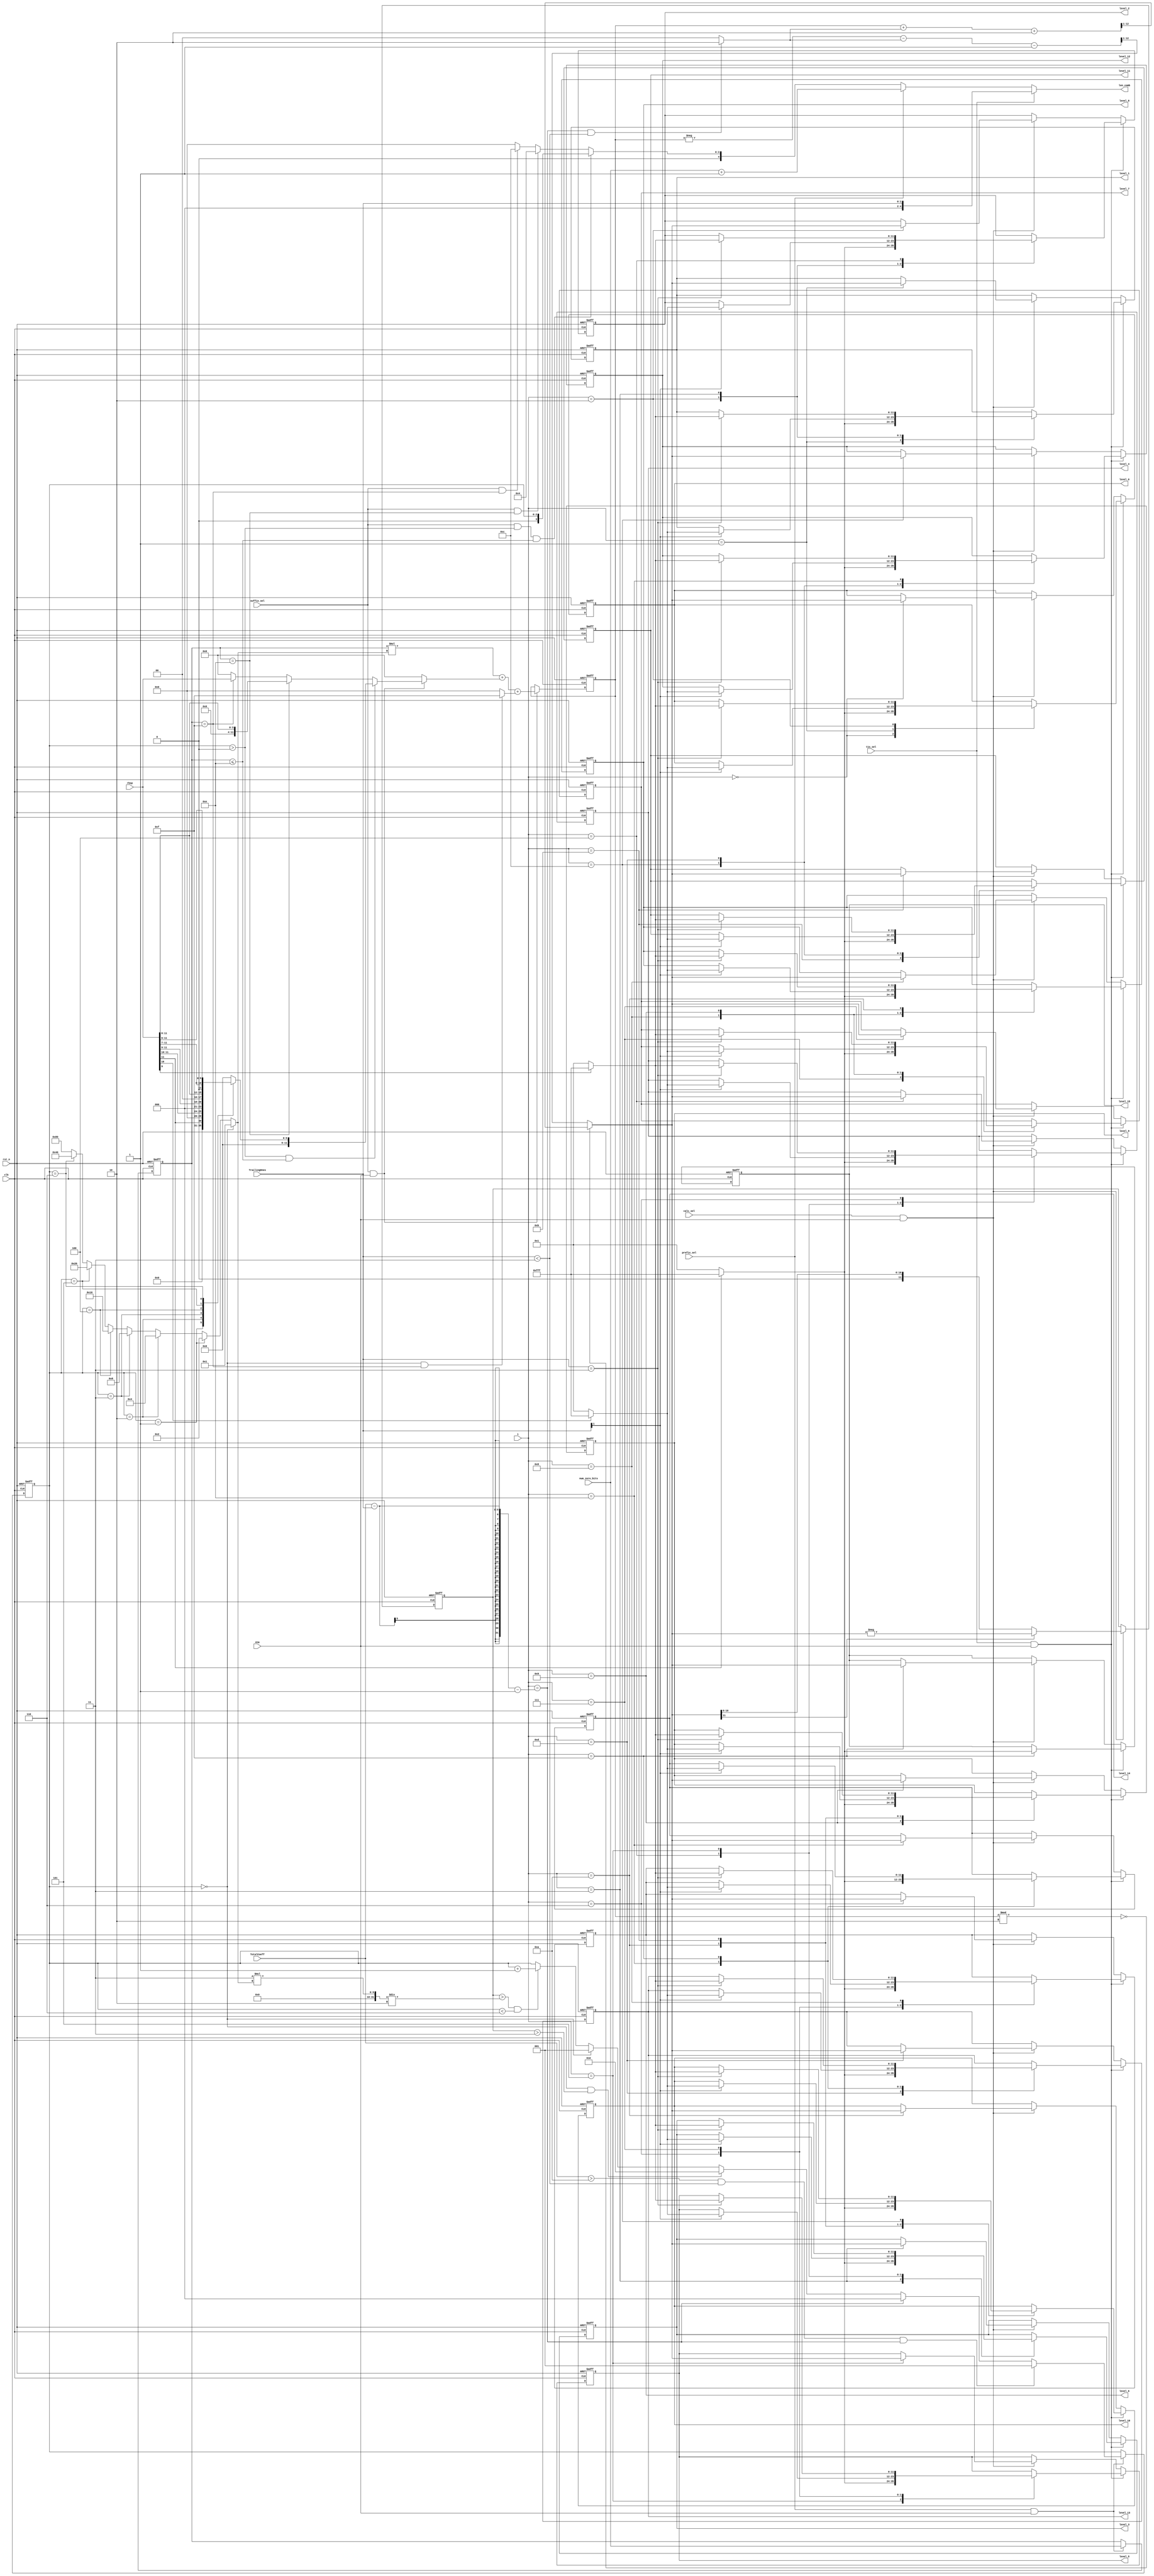
module cavlc_read_levels (
  	input   clk,
	input   rst_n,
	
	input   ena,
	input   t1s_sel,
	input   prefix_sel,
	input   suffix_sel,
	input	calc_sel,
	
	input   [1:0]   TrailingOnes,
	input   [4:0]   TotalCoeff,
	input   [0:11]  rbsp,
	input   [3:0]   num_zero_bits,
	input   [3:0]   i,
	
	output reg [11:0]   level_0,
	output reg [11:0]   level_1,
	output reg [11:0]   level_2,
	output reg [11:0]   level_3,
	output reg [11:0]   level_4,
	output reg [11:0]   level_5,
	output reg [11:0]   level_6,
	output reg [11:0]   level_7,
	output reg [11:0]   level_8,
	output reg [11:0]   level_9,
	output reg [11:0]   level_10,
	output reg [11:0]   level_11,
	output reg [11:0]   level_12,
	output reg [11:0]   level_13,
	output reg [11:0]   level_14,
	output reg [11:0]   level_15,
	
	output reg [4:0]   len_comb
);

//------------------------
//  regs
//------------------------
reg     [3:0]   level_prefix_comb;
reg     [11:0]  level_suffix;

//------------------------
// FFs
//------------------------
reg     [3:0]    level_prefix;
reg     [2:0]    suffixLength;   // range from 0 to 6
reg     [11:0]   level;
reg     [11:0]   level_abs;
reg     [11:0]   level_code_tmp;

//------------------------
// level_prefix_comb
//------------------------
always @(*)
	level_prefix_comb <= num_zero_bits;

//------------------------
// level_prefix
//------------------------
always @(posedge clk or negedge rst_n)
if (!rst_n)
    level_prefix <= 0;
else if (prefix_sel && ena)
    level_prefix <= level_prefix_comb;

//------------------------
// suffixLength
//------------------------
wire first_level;
assign first_level = (i == TotalCoeff - TrailingOnes - 1);
reg [7:0] mult;

always @(*)
if (suffixLength == 0)
	mult = 1;
else if (suffixLength == 1)
	mult = 2;
else if (suffixLength == 2)
	mult = 4;
else if (suffixLength == 3)
	mult = 8;
else if (suffixLength == 4)
	mult = 16;
else if (suffixLength == 5)
	mult = 32;
else if (suffixLength == 6)
	mult = 64;
else //suffixLength == 7
	mult = 128;



always @(posedge clk or negedge rst_n)
if (!rst_n)
    suffixLength <= 0;
else if (prefix_sel && ena) begin
    if (TotalCoeff > 10 && TrailingOnes < 3 && first_level )  //initialize suffixLength before proceeding first level_suffix
        suffixLength <= 1;
    else if (first_level)
        suffixLength <= 0;
    else if (suffixLength == 0 && level_abs > 2'd3)
        suffixLength <= 2;
    else if (suffixLength == 0)
        suffixLength <= 1;
    else if (  level_abs > 3*mult/2 && suffixLength < 6)
        suffixLength <= suffixLength + 1'b1;
end


//------------------------
// level_suffix
//------------------------
wire level_suffix_refresh;
assign level_suffix_refresh = suffix_sel && ena;
reg[5:0] read_bits_out;
always @(*)
case ( suffixLength )
1 : read_bits_out <= rbsp[0:0];
2 : read_bits_out <= rbsp[0:1];
3 : read_bits_out <= rbsp[0:2];
4 : read_bits_out <= rbsp[0:3];
5 : read_bits_out <= rbsp[0:4];
6 : read_bits_out <= rbsp[0:5];
default: read_bits_out <= 0;
endcase


always @(*)
if (level_suffix_refresh) begin
	if (suffixLength > 0 && level_prefix <= 14) begin
		level_suffix <= read_bits_out;
	end
	else if (level_prefix == 14) begin	//level_prefix == 14 && suffixLength == 0
		level_suffix <= rbsp[0:3];
	end
	else if (level_prefix == 15) begin
		level_suffix <= rbsp[0:11];	    
	end
	else begin
		level_suffix <= 0;	    
	end		
end     
else begin
	level_suffix <= 0;	    
end

//------------------------
// level_code_tmp
//------------------------
always @(posedge clk or negedge rst_n)
if (~rst_n) begin
	level_code_tmp <=  0;
end
else if (level_suffix_refresh) begin
    level_code_tmp <= (level_prefix * mult) + level_suffix + 
    ((suffixLength == 0 && level_prefix == 15) ? 4'd15 : 0);
end


//------------------------
// level
//------------------------
wire    [1:0]   tmp1;

assign tmp1 = (first_level && TrailingOnes < 3)? 2'd2 : 2'd0;

always @(*)
begin
    if (level_code_tmp % 2 == 0) begin
        level <= ( level_code_tmp + tmp1 + 2 ) >> 1;
    end
    else begin
        level <= (-level_code_tmp - tmp1 - 1 ) >> 1;
    end
end

//------------------------
// level_abs
//------------------------
wire level_abs_refresh;
assign level_abs_refresh = calc_sel && ena;

always @(posedge clk or negedge rst_n)
if (!rst_n) begin
    level_abs <= 0;
end
else if (level_abs_refresh) begin
    level_abs <= level[11] ? -level : level;
end

//------------------------
// level regfile
//------------------------
always @ (posedge clk or negedge rst_n)
if (!rst_n) begin
    level_0 <= 0;   level_1 <= 0;   level_2 <= 0;   level_3 <= 0;
    level_4 <= 0;   level_5 <= 0;   level_6 <= 0;   level_7 <= 0;
    level_8 <= 0;   level_9 <= 0;   level_10<= 0;   level_11<= 0;
    level_12<= 0;   level_13<= 0;   level_14<= 0;   level_15<= 0;
end
else if (t1s_sel && ena)
    case (i)
    0 : level_0 <= rbsp[0]? -1 : 1;
    1 : begin
            level_1 <= rbsp[0]? -1 : 1;
            if (TrailingOnes[1])
                level_0 <= rbsp[1]? -1 : 1;
        end
    2 : begin
            level_2 <= rbsp[0]? -1 : 1;
            if (TrailingOnes[1])
                level_1 <= rbsp[1]? -1 : 1;
            if (TrailingOnes == 3)
                level_0 <= rbsp[2]? -1 : 1;
        end         
    3 : begin
            level_3 <= rbsp[0]? -1 : 1;
            if (TrailingOnes[1])
                level_2 <= rbsp[1]? -1 : 1;
            if (TrailingOnes == 3)
                level_1 <= rbsp[2]? -1 : 1;
        end 
    4 : begin
            level_4 <= rbsp[0]? -1 : 1;
            if (TrailingOnes[1])
                level_3 <= rbsp[1]? -1 : 1;
            if (TrailingOnes == 3)
                level_2 <= rbsp[2]? -1 : 1;
        end 
    5 : begin
            level_5 <= rbsp[0]? -1 : 1;
            if (TrailingOnes[1])
                level_4 <= rbsp[1]? -1 : 1;
            if (TrailingOnes == 3)
                level_3 <= rbsp[2]? -1 : 1;
        end 
    6 : begin
            level_6 <= rbsp[0]? -1 : 1;
            if (TrailingOnes[1])
                level_5 <= rbsp[1]? -1 : 1;
            if (TrailingOnes == 3)
                level_4 <= rbsp[2]? -1 : 1;
        end 
    7 : begin
            level_7 <= rbsp[0]? -1 : 1;
            if (TrailingOnes[1])
                level_6 <= rbsp[1]? -1 : 1;
            if (TrailingOnes == 3)
                level_5 <= rbsp[2]? -1 : 1;
        end 
    8 : begin
            level_8 <= rbsp[0]? -1 : 1;
            if (TrailingOnes[1])
                level_7 <= rbsp[1]? -1 : 1;
            if (TrailingOnes == 3)
                level_6 <= rbsp[2]? -1 : 1;
        end 
    9 : begin
            level_9 <= rbsp[0]? -1 : 1;
            if (TrailingOnes[1])
                level_8 <= rbsp[1]? -1 : 1;
            if (TrailingOnes == 3)
                level_7 <= rbsp[2]? -1 : 1;
        end 
    10: begin
            level_10 <= rbsp[0]? -1 : 1;
            if (TrailingOnes[1])
                level_9 <= rbsp[1]? -1 : 1;
            if (TrailingOnes == 3)
                level_8 <= rbsp[2]? -1 : 1;
        end 
    11: begin
            level_11 <= rbsp[0]? -1 : 1;
            if (TrailingOnes[1])
                level_10 <= rbsp[1]? -1 : 1;
            if (TrailingOnes == 3)
                level_9 <= rbsp[2]? -1 : 1;
        end 
    12: begin
            level_12 <= rbsp[0]? -1 : 1;
            if (TrailingOnes[1])
                level_11 <= rbsp[1]? -1 : 1;
            if (TrailingOnes == 3)
                level_10 <= rbsp[2]? -1 : 1;
        end 
    13: begin
            level_13 <= rbsp[0]? -1 : 1;
            if (TrailingOnes[1])
                level_12 <= rbsp[1]? -1 : 1;
            if (TrailingOnes == 3)
                level_11 <= rbsp[2]? -1 : 1;
        end 
    14: begin
            level_14 <= rbsp[0]? -1 : 1;
            if (TrailingOnes[1])
                level_13 <= rbsp[1]? -1 : 1;
            if (TrailingOnes == 3)
                level_12 <= rbsp[2]? -1 : 1;
        end 
    15: begin
            level_15 <= rbsp[0]? -1 : 1;
            if (TrailingOnes[1])
                level_14 <= rbsp[1]? -1 : 1;
            if (TrailingOnes == 3)
                level_13 <= rbsp[2]? -1 : 1;
        end 
endcase
else if (calc_sel && ena)
case (i)
    0 :level_0 <= level;
    1 :level_1 <= level;
    2 :level_2 <= level;
    3 :level_3 <= level;
    4 :level_4 <= level;
    5 :level_5 <= level;
    6 :level_6 <= level;
    7 :level_7 <= level;
    8 :level_8 <= level;
    9 :level_9 <= level;
    10:level_10<= level;
    11:level_11<= level;
    12:level_12<= level;
    13:level_13<= level;
    14:level_14<= level;
    15:level_15<= level;
endcase

always @(*)
if(t1s_sel)
    len_comb <= TrailingOnes;
else if(prefix_sel)
    len_comb <= level_prefix_comb + 1;
else if(suffix_sel && suffixLength > 0 && level_prefix <= 14)
    len_comb <= suffixLength;  
else if(suffix_sel && level_prefix == 14)
    len_comb <= 4;
else if(suffix_sel && level_prefix == 15)
    len_comb <= 12;
else
    len_comb <= 0;        

endmodule